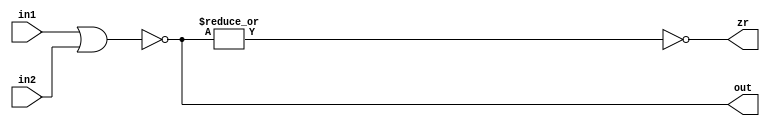
module norv(in1, in2, out, zr);

input[15:0] in1, in2;
output reg[15:0] out;
output reg zr;

always@(*) begin
	out = ~(in1 | in2);
	zr  = ~|out;
end

endmodule